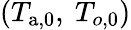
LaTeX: (T_{\mathrm{a},0},\ T_{o,0})